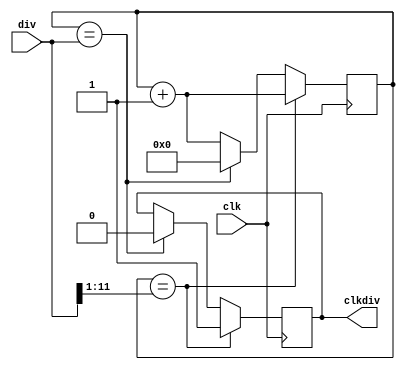
module clkdiv(
input clk,
input [11:0] div,
output reg clkdiv
);
reg [11:0] cnt;
wire [11:0] div1 = div>>1;

always@(posedge clk)
begin
	if(cnt>div)
		cnt <= 12'd0;
	cnt <= cnt + 12'd1;
	if(cnt == div1)
		clkdiv <= 1'b1;
	else if(cnt == div)
	begin
		clkdiv <= 1'b0;
		cnt <= 12'd0;
	end
end
endmodule